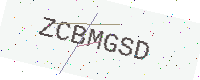
Text: ZCBMGSD